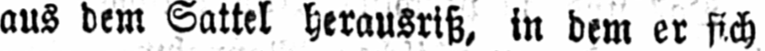
aus dem Sattel herausriß, in dem er sich